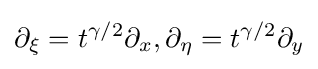
\partial _{\xi }=t^{\gamma /2}\partial _{x},\partial _{\eta }=t^{\gamma /2}\partial _{y}